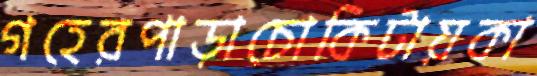
গহেরপাড়াচোকিটায়কা